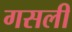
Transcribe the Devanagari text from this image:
गसली